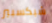
شيكسبير